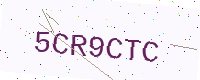
Text: 5CR9CTC